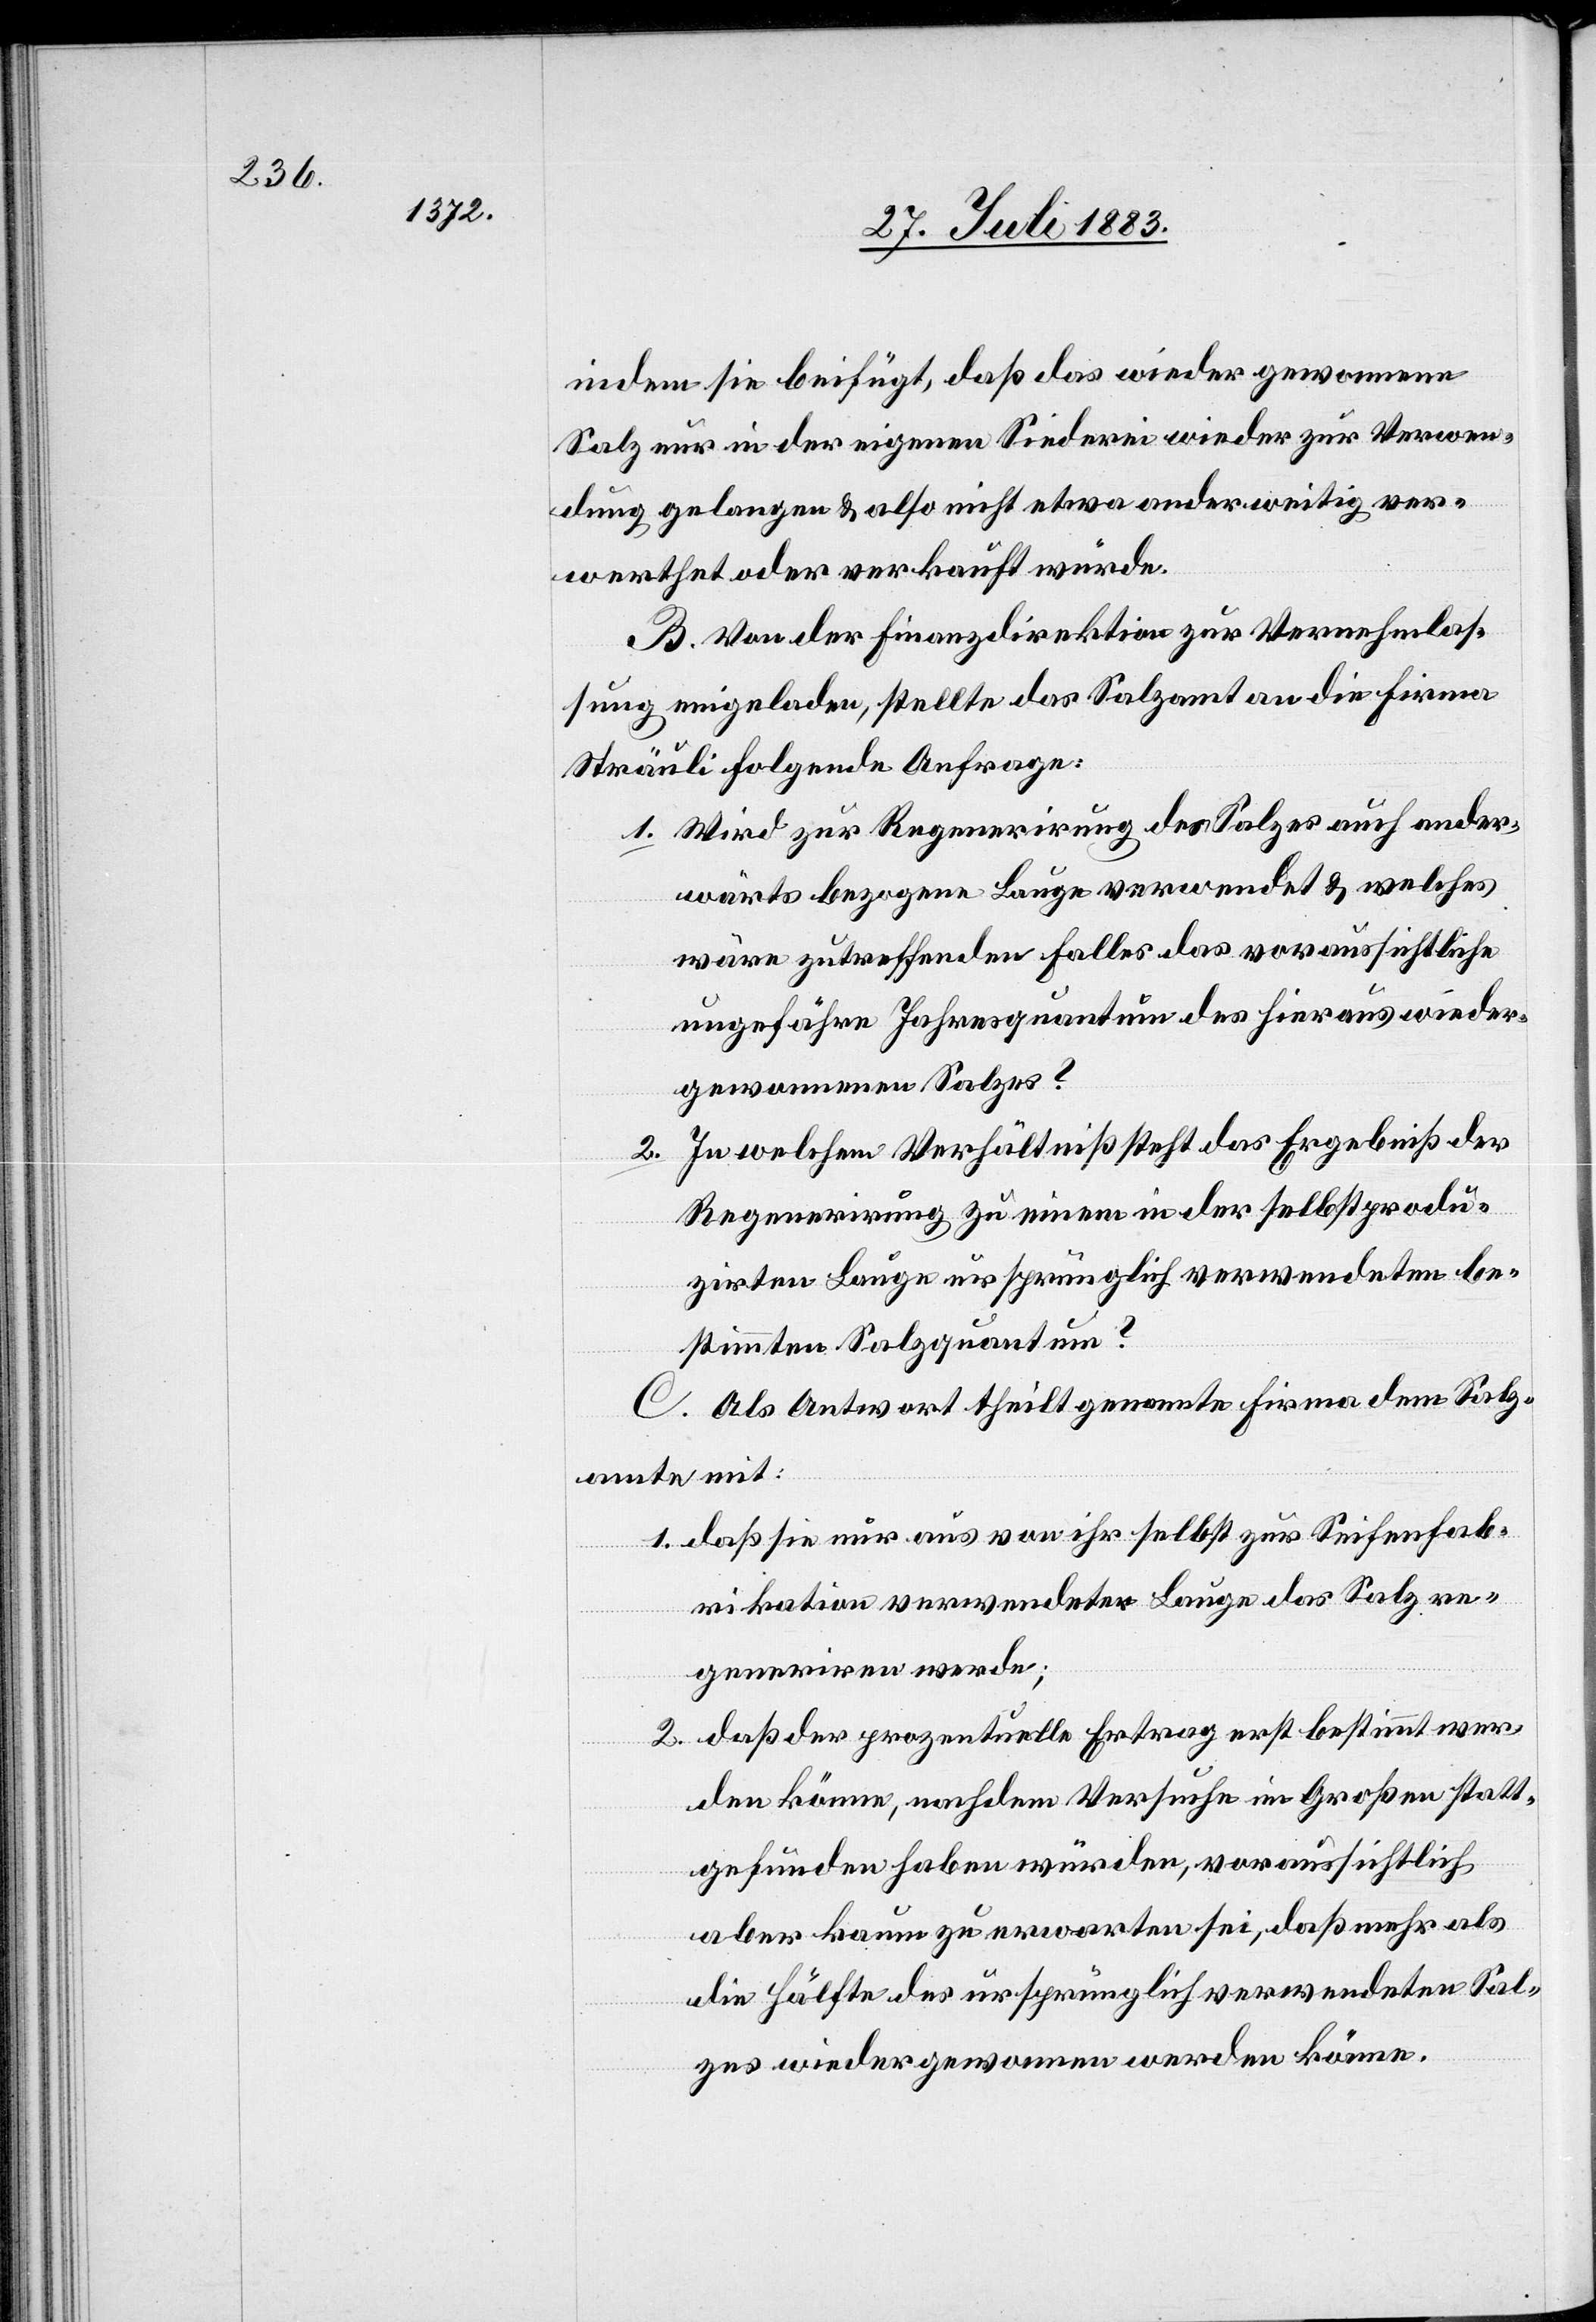
indem sie beifügt, daß das wieder gewonnene
Salz nur in der eigenen Siederei wieder zur Verwen¬
dung gelangen & also nicht etwa anderweitige ver¬
werthet oder verkauft würde.
B. Von der Finanzdirektion zur Vernehmlas¬
sung eingeladen, stellte das Salzamt an die Firma
Sträuli folgende Anfrage:
1. Wird zur Regenerirung des Salzes ander¬
wärts bezogene Lauge verwendet & welches
wäre zutreffenden Falles das voraussichtliche
ungefähre Jahresquantum des hieraus wieder¬
gewonnenen Salzes?
In welchem Verhältniß steht das Ergebniß der
Regenerirung zu einem in der selbstprodu¬
zirten Lauge ursprünglich verwendeten be¬
stimmten Salzquantum?
C. Als Antwort theilt genannte Firma dem Salz¬
amte mit:
1. daß sie nur aus von ihr selbst zur Seifenfab¬
rikation verwendeter Lauge das Salz re¬
generiren werde;
daß der prozentuelle Ertrag erst bestimmt wer¬
2.
den könne, nachdem Versuche im Großen statt¬
gefunden haben würden, voraussichtlich
aber kaum zu erwarten sei, daß mehr als
die Hälfte des ursprünglich verwendeten Sal¬
zes wieder gewonnen werden könne.